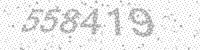
Solution: 558419